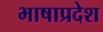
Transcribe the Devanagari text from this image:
भाषाप्रदेश